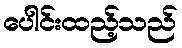
ပေါင်းထည့်သည်